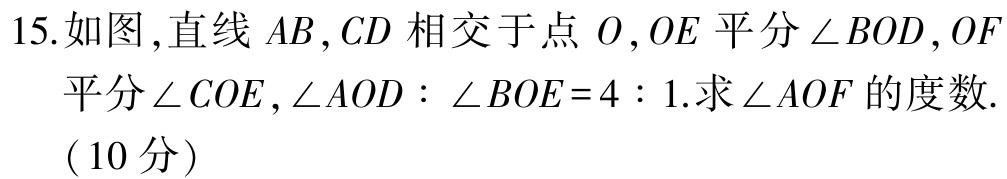
15.如图,直线 \(AB,CD\) 相交于点 \(O\),\(OE\) 平分 \(\angle BOD\),\(OF\) 平分 \(\angle COE\),\(\angle AOD:\angle BOE = 4:1\).求 \(\angle AOF\) 的度数.（10分）